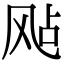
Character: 飐